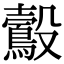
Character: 鷇